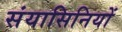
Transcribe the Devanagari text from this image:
संयासिनियों